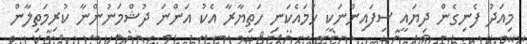
މިއަދު ފެނިގެން ދިޔައީ ސިފައިންނަކީ ހަމައެކަނި ހަތިޔާރާ އެކު އަންނަ ދުޝްމަނުންނާ ކުރިމަތިލާން